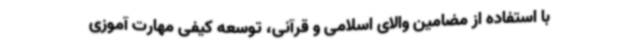
با استفاده از مضامین والای اسلامی و قرآنی، توسعه کیفی مهارت آموزی